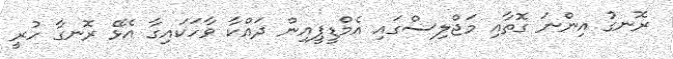
ރޮނގު އިންނަ ގޮތާއި މަޖްލިސްގައި އެމްޑީޕީއިން ދައްކާ ވާހަކައިގާ އެޅޭ ރޮނގާ ހުރީ